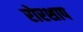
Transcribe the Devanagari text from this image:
रोरशाप